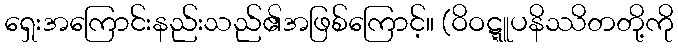
ရှေးအကြောင်းနည်းသည်၏အဖြစ်ကြောင့်။ (ဝိဝဋ္ဋူပနိဿိတတို့ကို